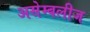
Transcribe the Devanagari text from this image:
असेम्बलीज